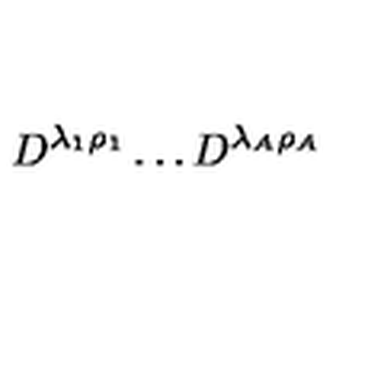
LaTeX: D ^ { \lambda _ { 1 } \rho _ { 1 } } \dots D ^ { \lambda _ { A } \rho _ { A } }